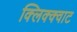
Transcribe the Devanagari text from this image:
क्लिक्क्वाट